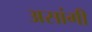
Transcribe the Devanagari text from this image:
असांगी